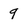
Character: 9